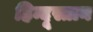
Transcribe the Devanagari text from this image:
हिन्दूस्तान